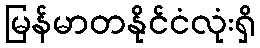
မြန်မာတနိုင်ငံလုံးရှိ